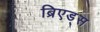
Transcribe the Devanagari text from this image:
ब्रिएड्स